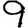
Digit: 9